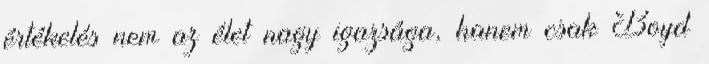
értékelés nem az élet nagy igazsága, hanem csak Boyd